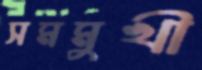
সমমুখী